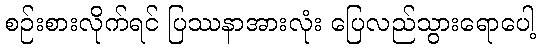
စဉ်းစားလိုက်ရင် ပြဿနာအားလုံး ပြေလည်သွားရောပေါ့